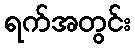
ရက်အတွင်း